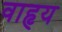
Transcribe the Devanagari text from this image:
वाहृय